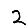
Digit: 2